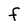
Character: F